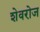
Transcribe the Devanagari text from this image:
शेवरोज